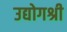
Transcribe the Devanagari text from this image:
उद्योगश्री